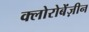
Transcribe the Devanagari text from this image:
क्लोरोबेंज़ीन